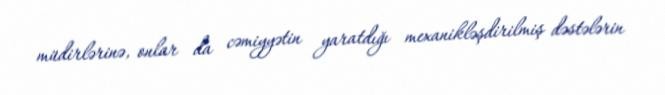
müdirlərinə, onlar da cəmiyyətin yaratdığı mexanikləşdirilmiş dəstələrin